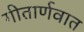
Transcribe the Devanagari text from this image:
गीतार्णवात